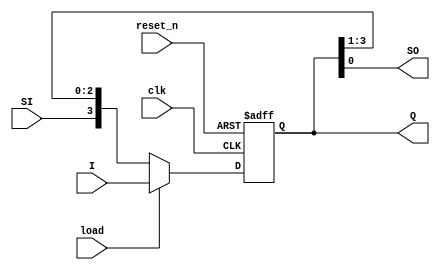
`timescale 1ns / 1ps
//////////////////////////////////////////////////////////////////////////////////
// Company: 
// Engineer: 
// 
// Design Name: 
// Module Name: shift_register_load
// Project Name: 
// Target Devices: 
// Tool Versions: 
// Description: 
// 
// Dependencies: 
// 
// Revision:
// Revision 0.01 - File Created
// Additional Comments:
// 
//////////////////////////////////////////////////////////////////////////////////


module shift_register_load
    #(parameter N = 4)(
        input clk,
        input SI,
        input [N-1:0] I,
        input load, //if load is o it will shift, if load = 1 it will load
        input reset_n,
        output [N-1:0] Q, //if we care about the content
        output SO 
    );
    
    //behavioral way
    reg [N-1:0] Q_reg, Q_next;
    
    always@(posedge clk, negedge reset_n) //asynchronous
    begin
        if(!reset_n)
            Q_reg <= 1'b0;
        else    
            Q_reg <= Q_next;
    end
    
    //Next state logic
    always@(SI, Q_reg)
    begin
        if (load)
            Q_next =I;
        else
        //right shift
        Q_next = {SI, Q_reg[N-1:1]};
        
        //left shift
        //Q_next = {Q_reg[N-2:0], SI};
    end
    
    assign SO = Q_reg[0]; //if you only care about the serial output
    assign Q = Q_reg; //you care to see q3, q2, q1, q0 of the registers
    
endmodule